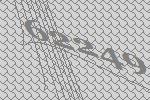
62249